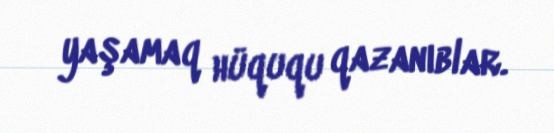
yaşamaq hüququ qazanıblar.